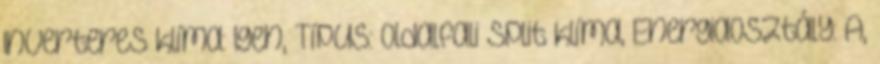
Inverteres klíma: Igen, Típus: Oldalfali Split klíma, Energiaosztály: A,